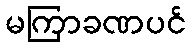
မကြာခဏပင်